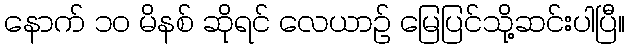
နောက် ၁၀ မိနစ် ဆိုရင် လေယာဉ် မြေပြင်သို့ဆင်းပါပြီ။